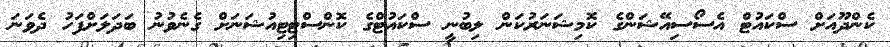
ކެންދޫއަށް ސްކައުޓް އެސޯސިއޭޝަންގެ ކޮމިޝަނަރުކަން ލިބުނީ ސްކައުޓްގެ ކޮންސްޓިޓިއުޝަނަށް ގެނެވުނު ބަދަލަށްފަހު ދެވަނަ